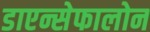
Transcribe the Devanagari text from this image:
डाएन्सेफालोन